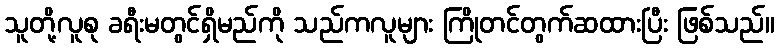
သူတို့လူစု ခရီးမတွင်ရှိမည်ကို သည်ကလူများ ကြိုတင်တွက်ဆထားပြီး ဖြစ်သည်။